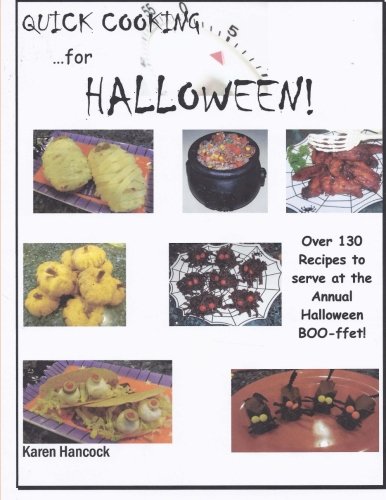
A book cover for Quick Cooking for Halloween: Over 130 Recipes to serve at the Annual Halloween  BOO-ffet!; Karen Hancock; Cookbooks, Food & Wine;